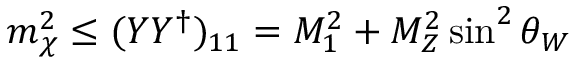
m _ { \chi } ^ { 2 } \leq ( Y Y ^ { \dagger } ) _ { 1 1 } = M _ { 1 } ^ { 2 } + M _ { Z } ^ { 2 } \sin ^ { 2 } \theta _ { W }